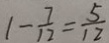
1 - \frac { 7 } { 1 2 } = \frac { 5 } { 1 2 }